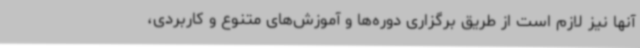
آنها نیز لازم است از طریق برگزاری دوره‌ها و آموزش‌های متنوع و کاربردی،